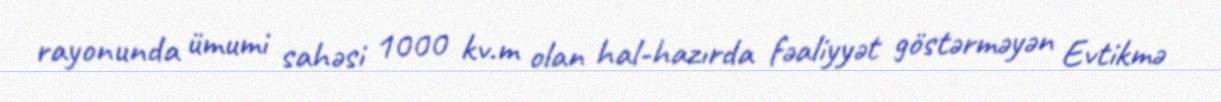
rayonunda ümumi sahəsi 1000 kv.m olan hal-hazırda fəaliyyət göstərməyən Evtikmə